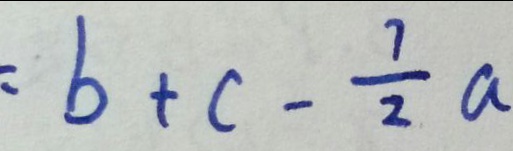
= b + c - \frac { 7 } { 2 } a